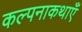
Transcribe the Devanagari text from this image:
कल्पनाकथाएँ